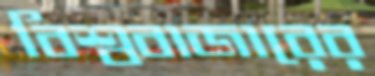
বিশ্ববাজারের